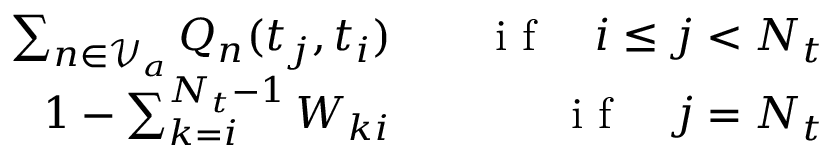
\begin{array} { r l r } { \sum _ { n \in \mathcal { V } _ { a } } Q _ { n } ( t _ { j } , t _ { i } ) } & { { } } & { \mathrm { ~ i ~ f ~ } \quad i \leq j < N _ { t } } \\ { 1 - \sum _ { k = i } ^ { N _ { t } - 1 } W _ { k i } } & { { } } & { \mathrm { ~ i ~ f ~ } \quad j = N _ { t } } \end{array}